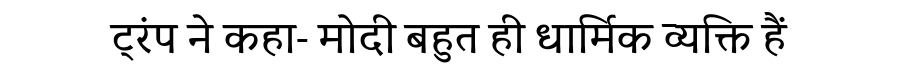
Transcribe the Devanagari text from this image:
ट्रंप ने कहा- मोदी बहुत ही धार्मिक व्यक्ति हैं